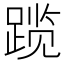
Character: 𬦾